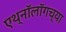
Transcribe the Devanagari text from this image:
एथ्नॉलॉगच्या